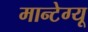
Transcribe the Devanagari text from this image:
मान्टेग्यू